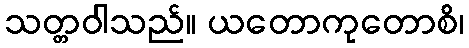
သတ္တဝါသည်။ ယတောကုတောစိ၊